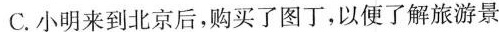
C.小明来到北京后，购买了图丁，以便了解旅游景